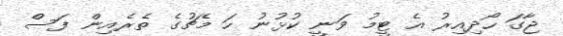
ޖާގަ ހޯދިއިރު އެ ޓީމު ވަނީ ކުޅުނު ހަ މެޗުގެ ތެރެއިން ފަސް